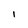
Character: 1